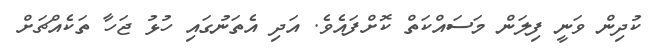
ކުދިން ވަނީ ފިލަން މަސައްކަތް ކޮށްފައެވެ. އަދި އެތަނުގައި ހުޅު ޖަހާ ތަކެއްޗަށް